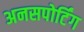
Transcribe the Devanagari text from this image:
अनसपोर्टिंग